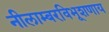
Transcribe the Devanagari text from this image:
नीलाम्बरविभूशणाय